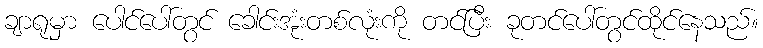
ချာရုမှာ ပေါင်ပေါ်တွင် ခေါင်းအုံးတစ်လုံးကို တင်ပြီး ခုတင်ပေါ်တွင်ထိုင်နေသည်။